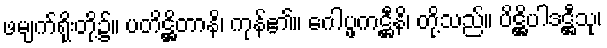
ဖမျက်ရိုးတို့၌။ ပတိဋ္ဌိတာနိ၊ ကုန်၏။ ဂေါပ္ဖကဋ္ဌီနိ၊ တို့သည်။ ပိဋ္ဌိပါဒဋ္ဌီသု၊